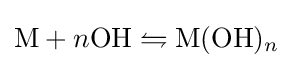
\mathrm {M} +n\mathrm {OH} \leftrightharpoons \mathrm {M(OH} )_{n}